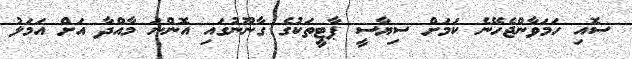
ސޮއި ހަމަވާންޖެހޭނެ ކަމަށް ސިޔާސީ ޕާޓީތަކުގެ ގާނޫނުގައި އޮންނަ މާއްދާ އަށް އަމަލު